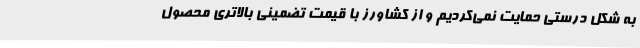
به شکل درستی حمایت نمی‌کردیم و از کشاورز با قیمت تضمینی بالاتری محصول